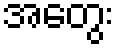
အတွေး